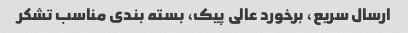
ارسال سریع، برخورد عالی پیک، بسته بندی مناسب تشکر